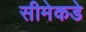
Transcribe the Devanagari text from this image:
सीमेकडे